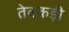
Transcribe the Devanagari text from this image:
तेक्कड़ी